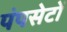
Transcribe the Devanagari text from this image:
पंपसेटों